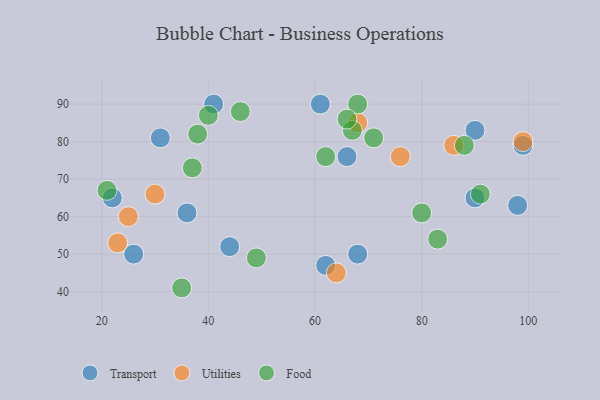
{"axis": {"x": "GDP", "y": "Life Expectancy"}, "legend": ["Food", "Transport", "Utilities"], "data": [{"x": "68", "y": 50, "type": "Transport"}, {"x": "61", "y": 90, "type": "Transport"}, {"x": "66", "y": 76, "type": "Transport"}, {"x": "36", "y": 61, "type": "Transport"}, {"x": "90", "y": 83, "type": "Transport"}, {"x": "31", "y": 81, "type": "Transport"}, {"x": "41", "y": 90, "type": "Transport"}, {"x": "98", "y": 63, "type": "Transport"}, {"x": "22", "y": 65, "type": "Transport"}, {"x": "90", "y": 65, "type": "Transport"}, {"x": "44", "y": 52, "type": "Transport"}, {"x": "99", "y": 79, "type": "Transport"}, {"x": "62", "y": 47, "type": "Transport"}, {"x": "26", "y": 50, "type": "Transport"}, {"x": "76", "y": 76, "type": "Utilities"}, {"x": "23", "y": 53, "type": "Utilities"}, {"x": "68", "y": 85, "type": "Utilities"}, {"x": "30", "y": 66, "type": "Utilities"}, {"x": "86", "y": 79, "type": "Utilities"}, {"x": "25", "y": 60, "type": "Utilities"}, {"x": "99", "y": 80, "type": "Utilities"}, {"x": "64", "y": 45, "type": "Utilities"}, {"x": "83", "y": 54, "type": "Food"}, {"x": "68", "y": 90, "type": "Food"}, {"x": "35", "y": 41, "type": "Food"}, {"x": "91", "y": 66, "type": "Food"}, {"x": "40", "y": 87, "type": "Food"}, {"x": "67", "y": 83, "type": "Food"}, {"x": "46", "y": 88, "type": "Food"}, {"x": "62", "y": 76, "type": "Food"}, {"x": "66", "y": 86, "type": "Food"}, {"x": "88", "y": 79, "type": "Food"}, {"x": "49", "y": 49, "type": "Food"}, {"x": "21", "y": 67, "type": "Food"}, {"x": "80", "y": 61, "type": "Food"}, {"x": "37", "y": 73, "type": "Food"}, {"x": "38", "y": 82, "type": "Food"}, {"x": "71", "y": 81, "type": "Food"}]}